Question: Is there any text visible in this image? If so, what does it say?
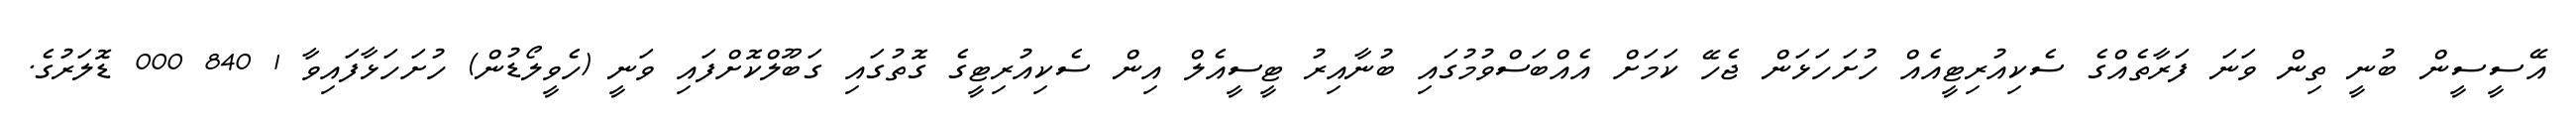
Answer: އޭސީސީން ބުނީ ތިން ވަނަ ފަރާތެއްގެ ސެކިއުރިޓީއެއް ހުށަހަޅަން ޖެހޭ ކަމަށް އެއްބަސްވުމުގައި ބުނާއިރު ޓީސީއެލް އިން ސެކިއުރިޓީގެ ގޮތުގައި ގަބޫލްކޮށްފައި ވަނީ (ހެވީލޯޑުން) ހުށަހަޅާފައިވާ 1 840 000 ޑޮލަރުގެ.